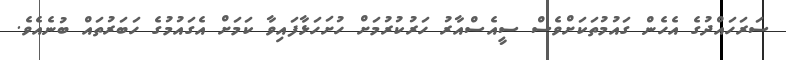
ސަރަހައްދުގެ އެހެން ގައުމުތަކަށްވެސް ސީއެސްއާރު ހަރުކުރުމަށް ހުށަހަޅާފައިވާ ކަމަށް އެގައުމުގެ ހަބަރުތައް ބުނެއެވެ.